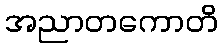
အညာတကောတိ